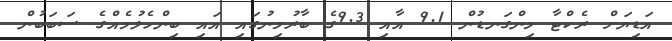
އަޑިޔަށް ރެކްޓާ މިންގަނޑުން 9.1 އާއި 9.3ގެ ބާރުމިނުގައި އައި ބިންހެލުމެއްގެ ސަބަބުން